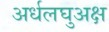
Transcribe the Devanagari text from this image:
अर्धलघुअक्ष